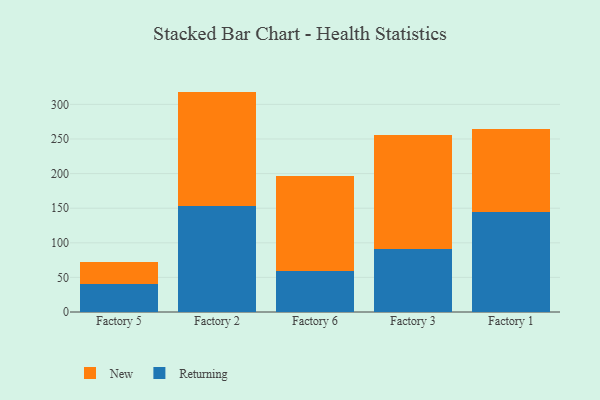
{"axis": {"x": "Factory", "y": "Satisfaction Score"}, "legend": ["New", "Returning"], "data": [{"x": "Factory 5", "y": 41.0, "type": "Returning"}, {"x": "Factory 5", "y": 31.3, "type": "New"}, {"x": "Factory 2", "y": 153.9, "type": "Returning"}, {"x": "Factory 2", "y": 164.6, "type": "New"}, {"x": "Factory 6", "y": 58.7, "type": "Returning"}, {"x": "Factory 6", "y": 137.6, "type": "New"}, {"x": "Factory 3", "y": 91.5, "type": "Returning"}, {"x": "Factory 3", "y": 164.0, "type": "New"}, {"x": "Factory 1", "y": 144.0, "type": "Returning"}, {"x": "Factory 1", "y": 120.8, "type": "New"}]}